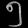
Digit: ၅